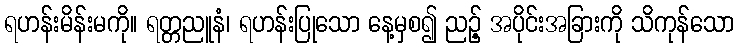
ရဟန်းမိန်းမကို။ ရတ္တညူနံ၊ ရဟန်းပြုသော နေ့မှစ၍ ညဉ့် အပိုင်းအခြားကို သိကုန်သော